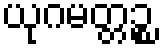
ယုဂမတ္တဉ္စ